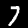
Label: 7